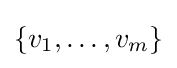
\{v_{1},\ldots ,v_{m}\}